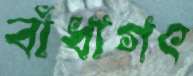
বাঁধাগৎ